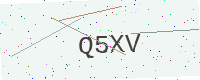
Text: Q5XV